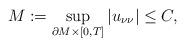
LaTeX: \begin{align*}M := \sup_{\partial M \times [0, T]} |u_{\nu\nu}| \leq C,\end{align*}